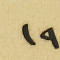
١٩